Burma Government Medical School reports 1907-22
Year: 1907
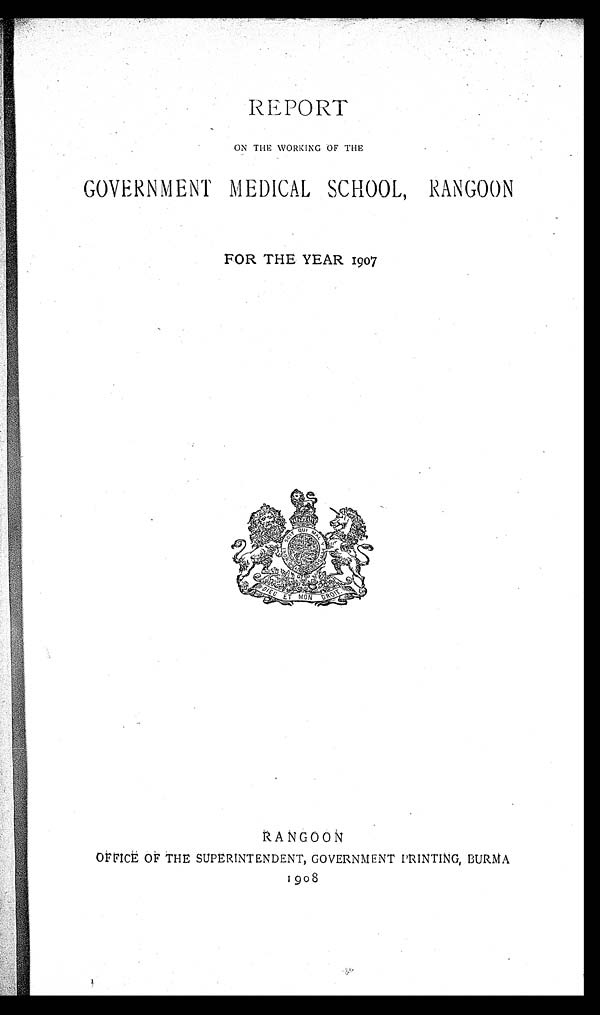
REPORT
ON THE WORKING OF THE
GOVERNMENT MEDICAL SCHOOL, RANGOON
FOR THE YEAR 1907
RA N GOON
OFFICE OF THE SUPERINTENDENT, GOVERNMENT PRINTING, BURMA
1908